Medical and sanitary report on the native army of Bombay for the year
Year: 1879
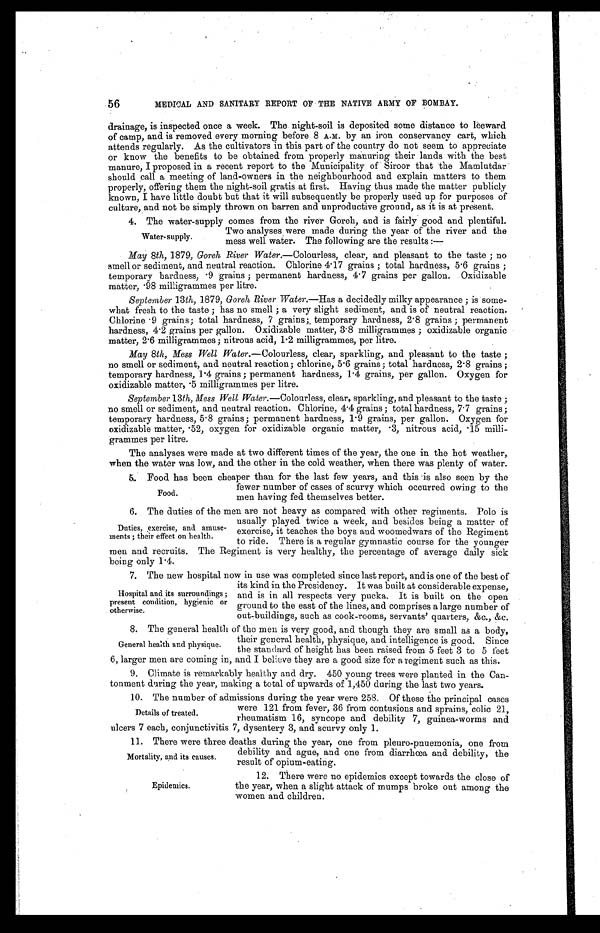
56 MEDICAL AND SANITARY REPORT OF THE NATIVE ARMY OF BOMBAY.
drainage, is inspected once a week. The night-soil is deposited some distance to leeward
of camp, and is removed every morning before 8 A.M. by an iron conservancy cart, which
attends regularly. As the cultivators in this part of the country do not seem to appreciate
or know the benefits to be obtained from properly manuring their lands with the best
manure, I proposed in a recent report to the Municipality of Siroor that the Mamlutdar
should call a meeting of land-owners in the neighbourhood and explain matters to them
properly, offering them the night-soil gratis at first. Having thus made the matter publicly
known, I have little doubt but that it will subsequently be properly used up for purposes of
culture, and not be simply thrown on barren and unproductive ground, as it is at present.
4. The water-supply comes from the river Goreh, and is fairly good and plentiful.
Two analyses were made during the year of the river and the
Water- supply.
mess well water. The following are the results :—
May 8th, 1879, Goreh River Water.—Colourless, clear, and pleasant to the taste; no
smell or sediment, and neutral reaction. Chlorine 4 .17 grains; total hardness, 5.6 grains;
temporary hardness, •9 grains; permanent hardness, 4 . 7 grains per gallon. Oxidizable
ma t t e r , . 9 8 mi l l i g r a mme s p e r l i t r e .
September 13th, 1.879, Goreh River Water.—Has a decidedly milky appearance; is some-
what fresh to the taste; has no smell; a very slight sediment, and is of neutral reaction.
C h l o r i n e . 9 g r a i n s ; t o t a l h a r d n e s s , 7 g r a i n s ; , ,
t e m p o r a r y h a r d n e s s , 2
. 8 g r a i n s ; p e r m a n e n t
hardness, 4 .2 grains per gallon. Oxidizable matter, 3. 8 milligrammes; oxidizable organic
matter, 2.6 milligrammes ; nitrous acid, 1.2 milligrammes, per litre.
May 8th, Mess Well Water.—Colourless, clear, sparkling, and pleasant to the taste;
no smell or sediment, and neutral reaction; chlorine, 5.6 grains; total hardness, 2.8 grains;
temporary hardness, 1 .4 grains; permanent hardness, 1 .4 grains, per gallon. Oxygen for
oxi di zabl e mat t er , . 5 mi l l i gr ammes per l i t r e.
September 13th, Mess Well Water.—Colourless, clear, sparkling, and pleasant to the taste;
no smell or sediment, and neutral reaction. Chlorine, 4 .4 grains; total hardness, 7.7 grains;
temporary hardness, 5 .8 grains; permanent hardness, 1.9 grains, per gallon. Oxygen for
oxidizable matter, 52, oxygen for oxidizable organic matter, .3, nitrous acid, .15 milli-
grammes per litre.
The analyses were made at two different times of the year, the one in the hot weather,
when the water was low, and the other in the cold weather, when there was plenty of water.
5. Food has been cheaper than for the last few years, and this is also seen by the
fewer number of cases of scurvy which occurred owing to the
Food.men having fed themselves better.
6. The duties of the men are not heavy as compared with other regiments. Polo is
usually played twice a week, and besides being a matter of
Duties, exercise, and amuse- exercise, it teaches the boys and woomedwars of the Regiment
ments ; their effect on health.
to ride. There is a regular gymnastic course for the younger
men and recruits. The Regiment is very healthy, the percentage of average daily sick
being only 1.4.
7. The new hospital now in use was completed since last report, and is one of the best of
its kind in the Presidency. It was built at considerable expense,
Hospital and its surroundings ; and is in all respects very pucka. It is built on the open
present condition, hygienic or ground to the east of the lines, and comprises a large number of
otherwise.
out-buildings, such as cook-rooms, servants' quarters, &c., &c.
8. The general health of the men is very good, and though they are small as a body,
their general health, physique, and intelligence is good. Since
General health and physique. the standard of height has been raised from 5 feet 3 to 5 feet
6, larger men are coming in, and I believe they are a good size for a regiment such as this.
9. Climate is remarkably healthy and dry. 450 young trees were planted in the Can-
tonment during the year, making a total of upwards of 1,450 during the last two years.
10.The number of admissions during the year were 258. Of these the principal cases
were 121 from fever, 36 from contusions and sprains, colic 21,
Details of treated.
rheumatism 16, syncope and debility 7, guinea-worms and
ulcers 7 each, conjunctivitis 7, dysentery 3, and scurvy only 1.
11.There were three deaths during the year, one from pleuro-pnuemonia, one from
debility and ague, and one from diarrhœa and debility, the
Mortality, and its causes. result of opium-eating.
12.There were no epidemics except towards the close of
Epidemics.
the year, when a slight attack of mumps broke out among the
women and children.